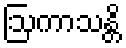
ဩကာသန္တိ